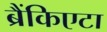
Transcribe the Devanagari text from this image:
ब्रैंकिएटा